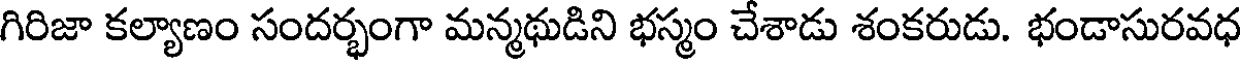
గిరిజా కల్యాణం సందర్భంగా మన్మథుడిని భస్మం చేశాడు శంకరుడు. భండాసురవధ